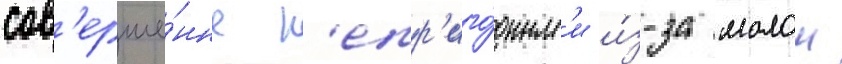
сов'ерше́нно н'епр'иго́дным'и и́з-за малои